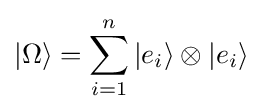
|\Omega \rangle =\sum _{i=1}^{n}|e_{i}\rangle \otimes |e_{i}\rangle